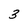
Character: 3